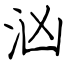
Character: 汹